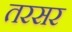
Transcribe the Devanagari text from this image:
तरसर